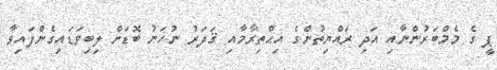
ޕީ ގެ މެމްބަރުންނާއި އަދި ރައްޔިތުންގެ އިޙްތިރާމާއި ޤަދަރު ނުހަނު ބޮޑަށް ލިބިވަޑައިގެންފައިވާ